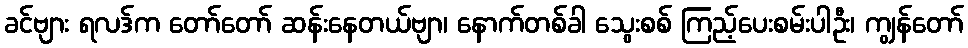
ခင်ဗျား ရလဒ်က တော်တော် ဆန်းနေတယ်ဗျာ၊ နောက်တစ်ခါ သွေးစစ် ကြည့်ပေးစမ်းပါဦး၊ ကျွန်တော်